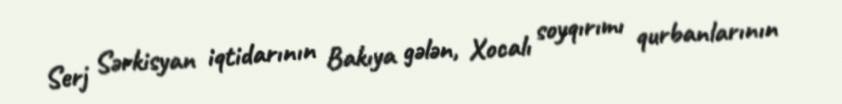
Serj Sərkisyan iqtidarının Bakıya gələn, Xocalı soyqırımı qurbanlarının